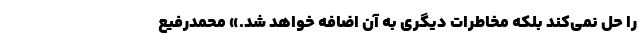
را حل نمی‌کند بلکه مخاطرات دیگری به آن اضافه خواهد شد.» محمدرفیع